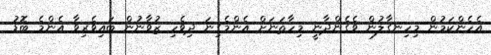
އެހެންކަމުން މިހިނގާލުން ވެގެންދާނީ މިހާތަނަށް އެންމެގިނަ ދިވެހި ޒުވާނުން ބައިވެރިވާ އެންމެ ބޮޑު